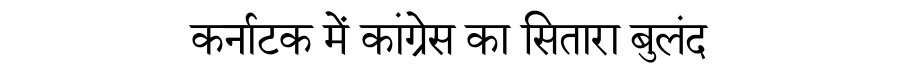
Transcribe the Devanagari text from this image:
कर्नाटक में कांग्रेस का सितारा बुलंद